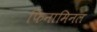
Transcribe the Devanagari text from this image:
फिनामिनल